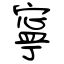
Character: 寧